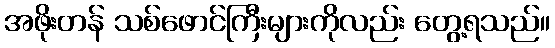
အဖိုးတန် သစ်ဖောင်ကြီးများကိုလည်း တွေ့ရသည်။